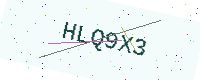
Text: HLQ9X3